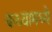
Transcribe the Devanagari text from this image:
कथ्यामध्ये